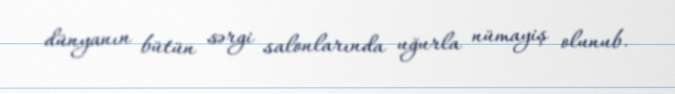
dünyanın bütün sərgi salonlarında uğurla nümayiş olunub.